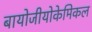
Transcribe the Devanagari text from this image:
बायोजीयोकेमिकल